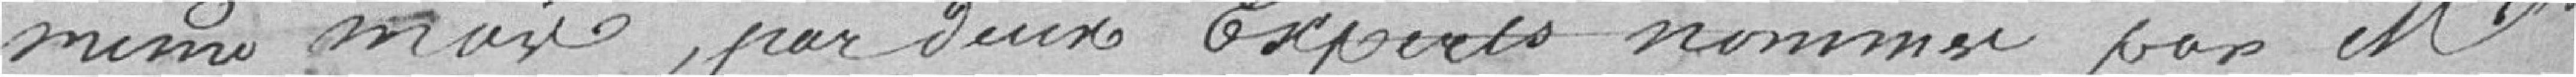
même mars, par deux experts nommés par Monsieur